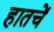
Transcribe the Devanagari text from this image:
हातचें